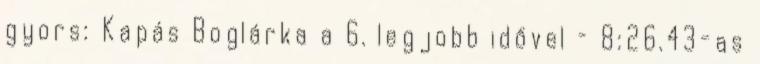
gyors: Kapás Boglárka a 6. legjobb idővel – 8:26.43-as